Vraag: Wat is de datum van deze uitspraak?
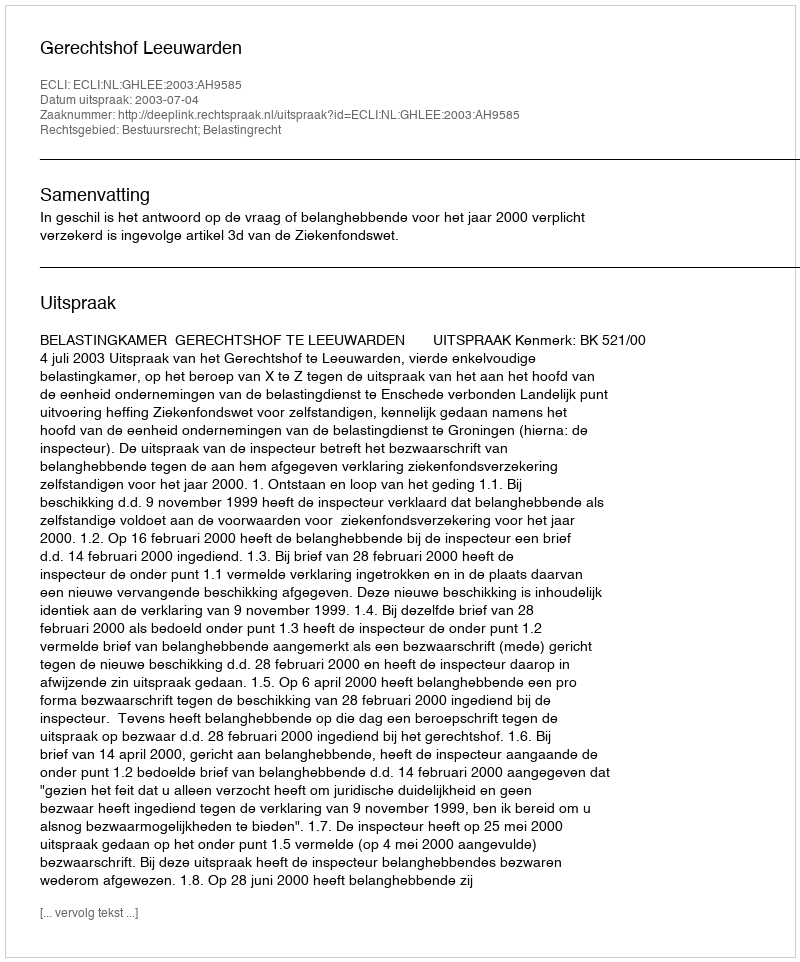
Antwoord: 2003-07-04